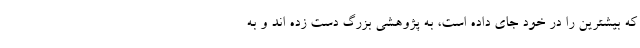
که بیشترین را در خود جای داده است، به پژوهشی بزرگ دست زده اند و به